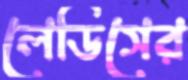
লেডিসের